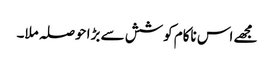
مجھے اس ناکام کوشش سے بڑا حوصلہ ملا۔